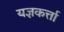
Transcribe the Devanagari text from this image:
यज्ञकर्त्ता